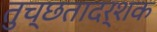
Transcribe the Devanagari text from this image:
तुच्छतादर्शक